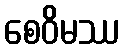
စေဝိမဿ